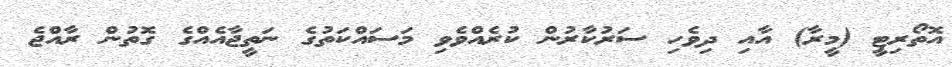
އޮތޯރިޓީ (މީރާ) އާއި ދިވެހި ސަރުކާރުން ކުރެއްވެވި މަސައްކަތުގެ ނަތީޖާއެއްގެ ގޮތުން ރާއްޖެ